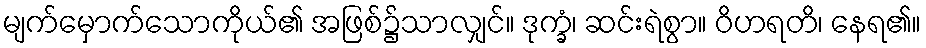
မျက်မှောက်သောကိုယ်၏ အဖြစ်၌သာလျှင်။ ဒုက္ခံ၊ ဆင်းရဲစွာ။ ဝိဟရတိ၊ နေရ၏။